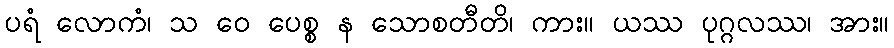
ပရံ လောကံ၊ သ ဝေ ပေစ္စ န သောစတီတိ၊ ကား။ ယဿ ပုဂ္ဂလဿ၊ အား။